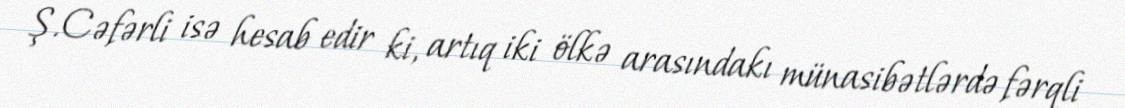
Ş.Cəfərli isə hesab edir ki, artıq iki ölkə arasındakı münasibətlərdə fərqli